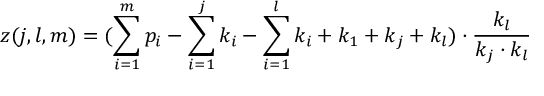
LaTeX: z ( j , l , m ) = ( \sum _ { i = 1 } ^ { m } p _ { i } - \sum _ { i = 1 } ^ { j } k _ { i } - \sum _ { i = 1 } ^ { l } k _ { i } + k _ { 1 } + k _ { j } + k _ { l } ) \cdot \frac { k _ { l } } { k _ { j } \cdot k _ { l } }